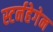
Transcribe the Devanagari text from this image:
स्टर्नहेगेन